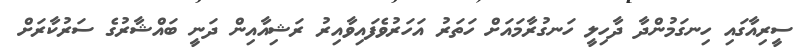
ސީރިއާގައި ހިނގަމުންދާ ދާހިލީ ހަނގުރާމައަށް ހަތަރު އަހަރުވެފައިވާއިރު ރަޝިއާއިން ދަނީ ބައްޝާރުގެ ސަރުކާރަށް